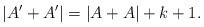
LaTeX: \begin{align*}|A'+A'| = |A+A| + k+1.\end{align*}